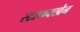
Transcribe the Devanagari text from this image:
स्टाफक्खेन